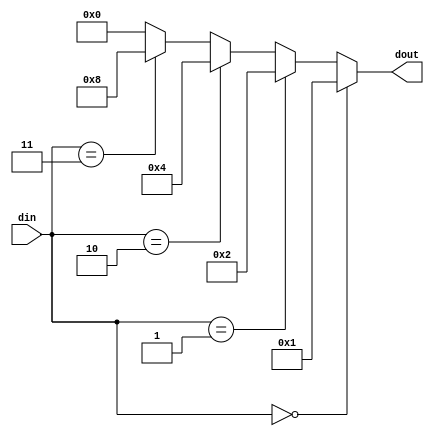
module decoder2_4(din,dout);
input [1:0] din;
output reg [3:0] dout;
always @(din)
	begin
		dout = 4'b0000;
		if (din == 2'b00)
			dout = 4'b0001;
		else if (din == 2'b01)
			dout = 4'b0010;
		else if (din == 2'b10)
			dout = 4'b0100;
		else if (din == 2'b11)
			dout = 4'b1000;
	end
endmodule